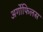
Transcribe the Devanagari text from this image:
अर्गोफिलस